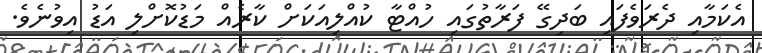
އެކަމާއި ދެރަވެފައި ބަދިގޭ ފަރާތުގައި ހުއްޓާ ކުއްލިއަކަށް ކާރެއް މަޑުކޮށްލި އަޑު އިވުނެވެ.